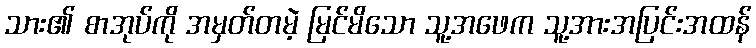
သား၏ စာအုပ်ကို အမှတ်တမဲ့ မြင်မိသော သူ့အဖေက သူ့အားအပြင်းအထန်